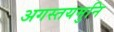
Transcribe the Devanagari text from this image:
अगस्तयमुनि